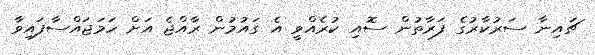
ޗައިނާ ސަރުކާރުގެ ފަރާތުން ސޮއި ކުރެއްވީ އެ ގައުމުން ރާއްޖެ އަށް ހަމަޖައްސާފައިވާ